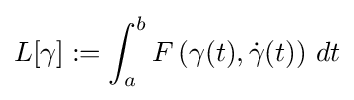
L[\gamma ]:=\int _{a}^{b}F\left(\gamma (t),{\dot {\gamma }}(t)\right)\,dt